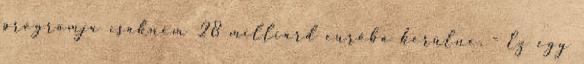
programja csaknem 28 milliárd euróba kerülne. - Ez egy